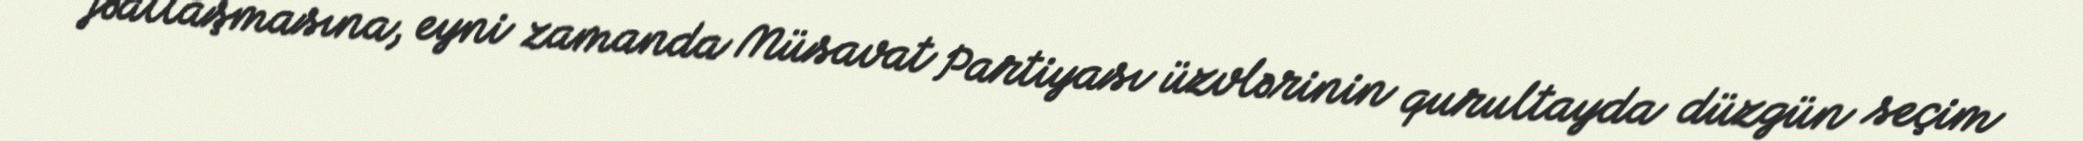
fəallaşmasına, eyni zamanda Müsavat Partiyası üzvlərinin qurultayda düzgün seçim